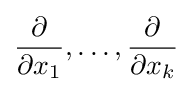
{\frac {\partial }{\partial x_{1}}},\ldots ,{\frac {\partial }{\partial x_{k}}}